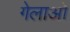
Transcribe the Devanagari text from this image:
गेलाओ